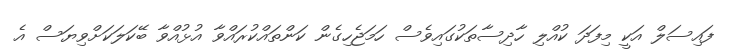
ފައިސަލް އަކީ މިފަދަ ކުއްލި ހާދިސާތަކުގައިވެސް ހަމަޖެހިގެން ކަންތައްކުރައްވާ އުޅުއްވާ ބޭކަލަކަށްވިޔަސް އެ